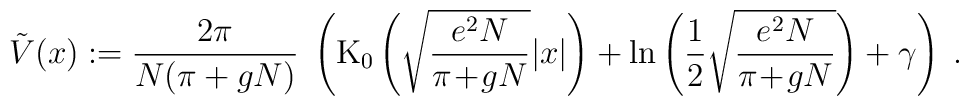
\tilde{V}(x) := \frac{2\pi}{N(\pi + gN)} \;\left(\mbox{K}_0\left(\sqrt{\frac{e^2 N}{\pi\!+\!gN}} |x|\right)+ \ln\left(\frac{1}{2} \sqrt{\frac{e^2 N}{\pi\!+\!gN}}\right)+\gamma\right) \; .